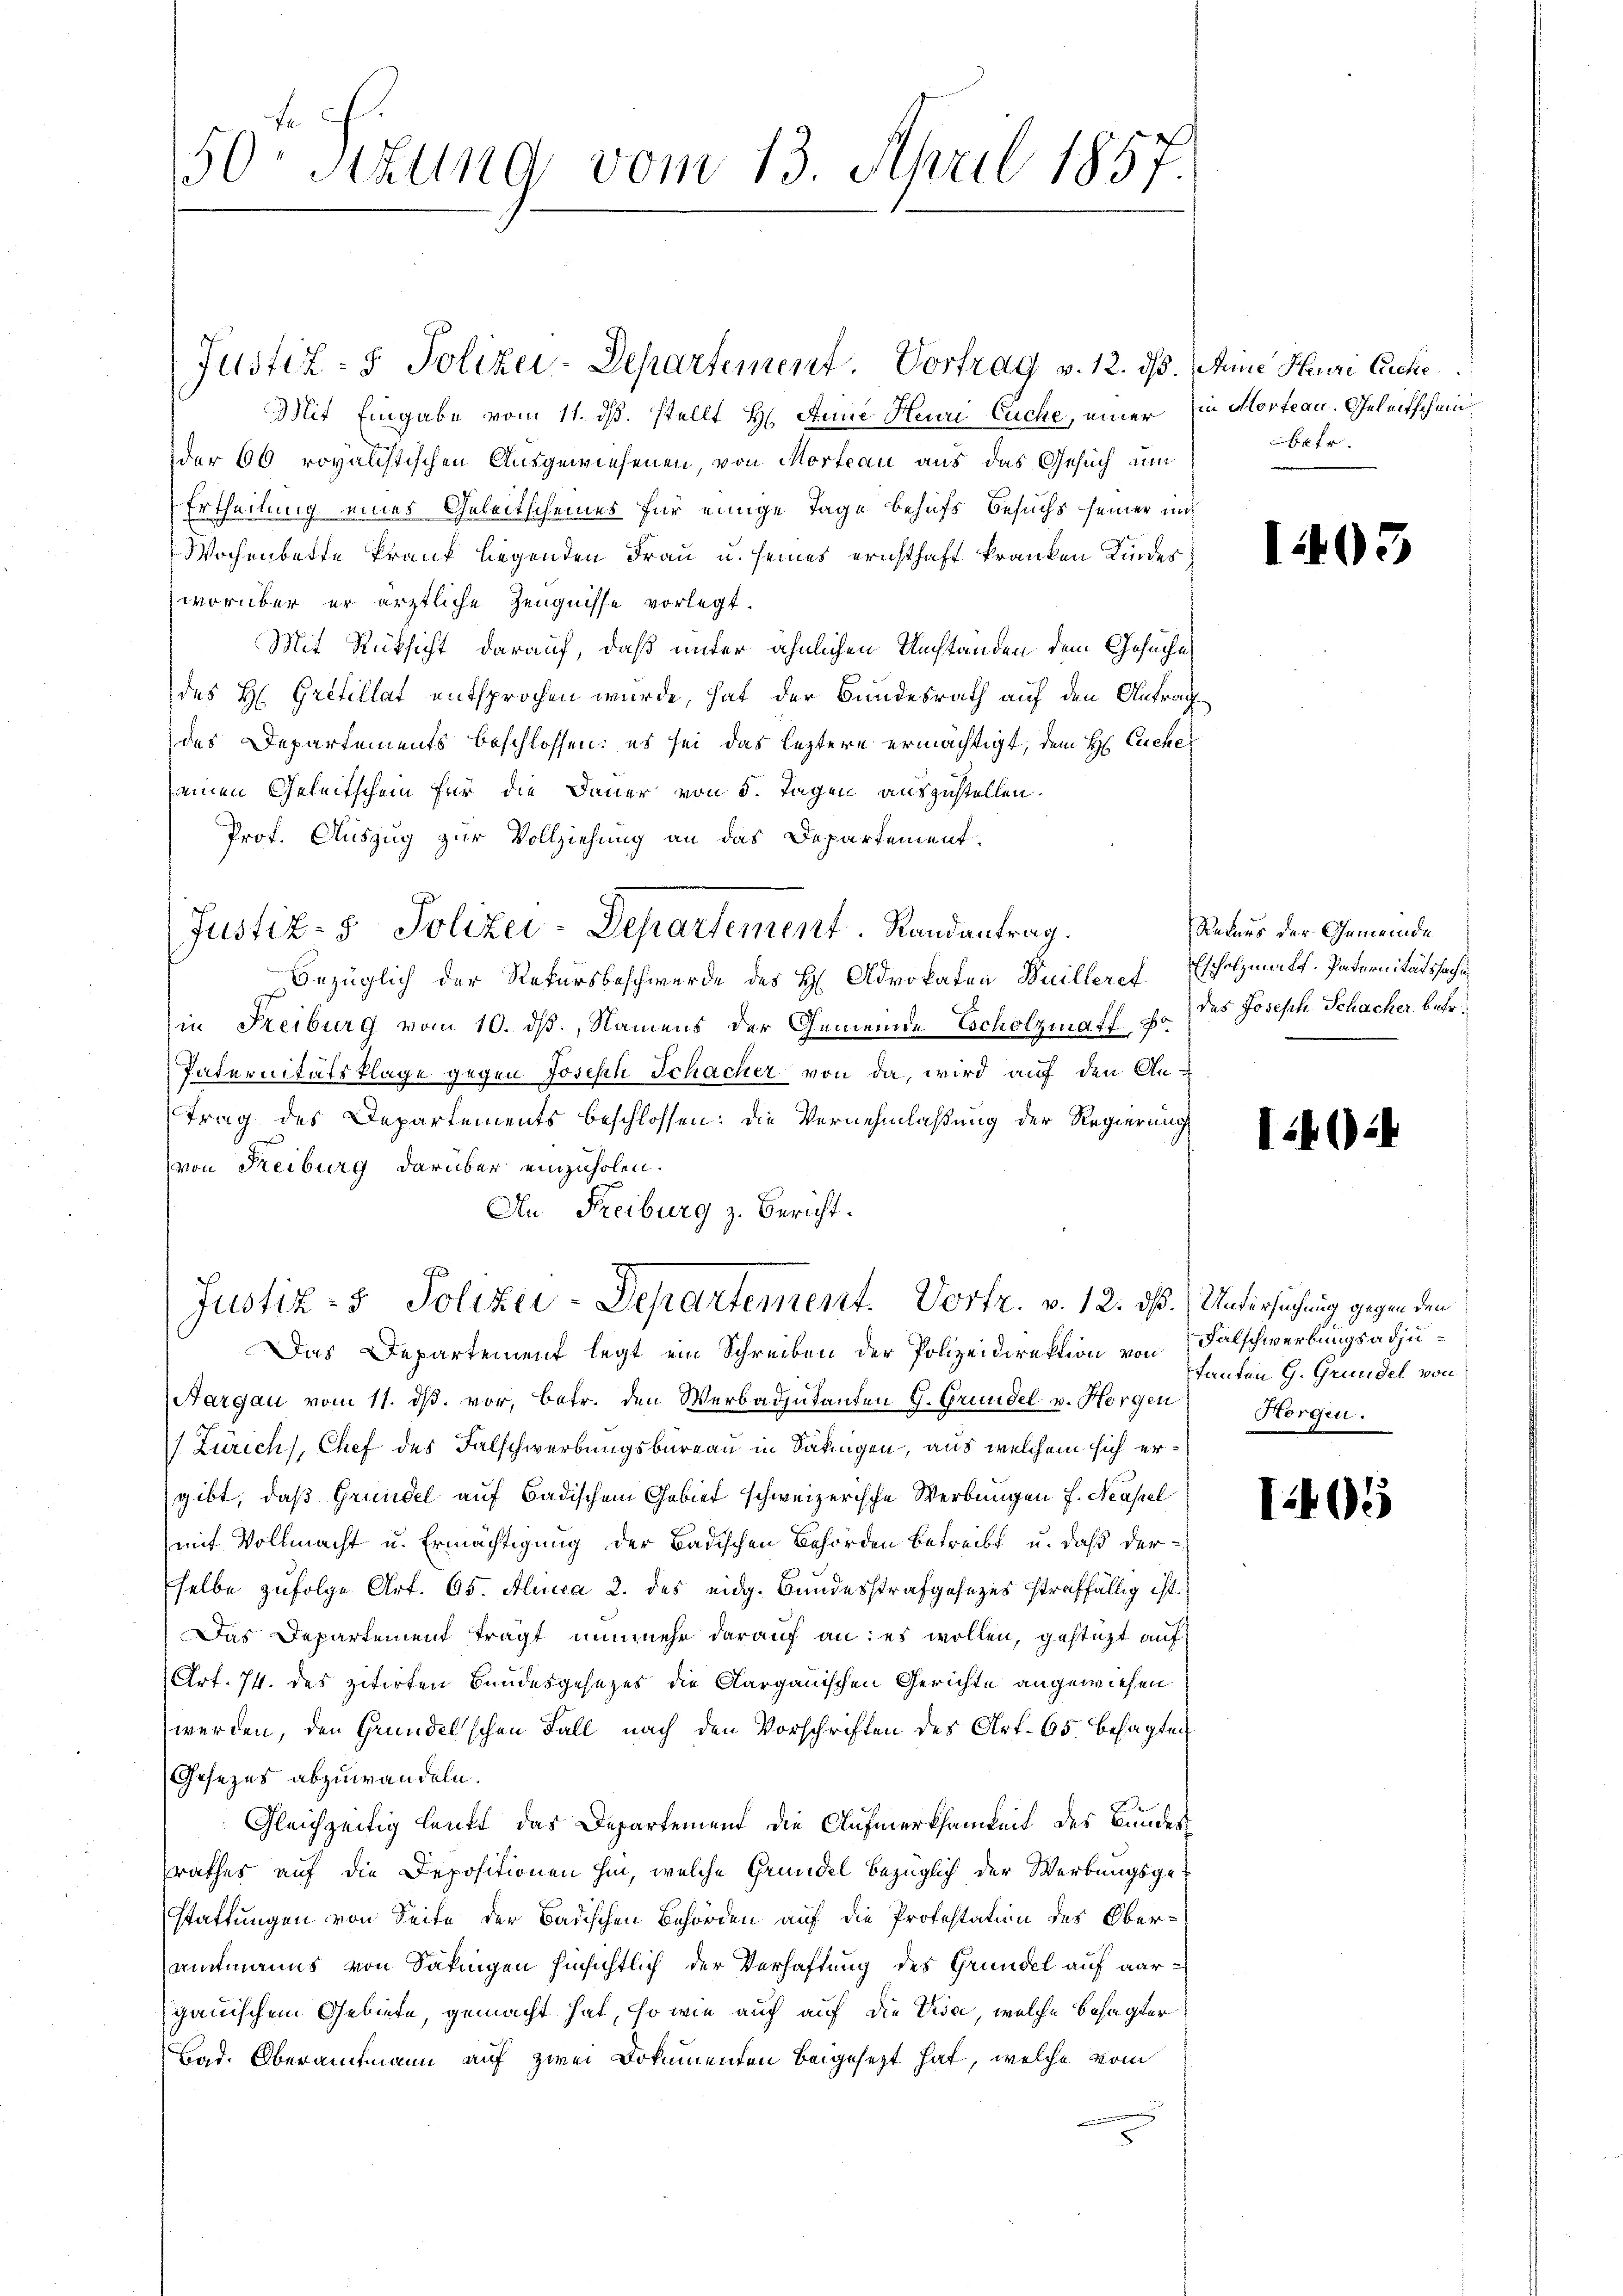
Mit Eingabe vom 11. ds. stellt H: Anne Heuri Euche, einer in Morte au. Geleitschein
der 60 royalistischen Ausgewiesenen, von Morteau aus das Gesuch um
Ertheilung eines Geleitscheines für einige Tage behufs Besuchs seiner nich
Wochenbette krank liegenden Frau u. seines ernsthaft kranken Kindes
worüber er ärztliche Zeugnisse vorlegt.
Mit Rücksicht darauf, daß unter ähnlichen Umständen dem Gesuche
des H. Grefellat entsprochen wurde, hat der Bundesrath auf den Antrag
des Departements beschlossen: es sei das leztere ermächtigt, dem H. Eucke
(einen Geleitschein für die Dauer von 5. Tagen auszustellen.
Prof. Auszug zur Vollziehung an das Departement.
Justiz- & Polizei-Departement. Randantrag.
Bezüglich der Rekursbeschwerde des H. Advokaten Weilleret Escholzmalt. Paternitätssache
in Freiburg vom 10. ds., Namens der Gemeinde Scholzmatf, F
Paternitätsklage gegen Joseph Schacher von da, wird auf den Antrag des Departements beschlossen: die Vernehmlassung der Regierung
von Freiburg darüber einzuholen.
An Freiburg z. Bericht.
7
Justiz- & Polizei-Departement. Vortr. v. 12. dß. Untersuchung gegen den

50 Sekung vom 13. April 1857.

Justiz- & Polizei-Departement. Vortrag v. 12. ds. Meine Heuri Euche

Das Departement legt ein Schreiben der Polizeidirektion von
Aargau vom 11. ds. vor, betr. den Werbadjutanten G. Grundel v. Horgen
 Zürich, Chef des Falschwerbungsbureau in Säkingen, aus welchem sich ergibt, daß Gründel auf Badischem Gebiet schweizerische Werbungen f. Neapel
mit Vollmacht u. Ermächtigung der Badischen Behörden betreibt u. daß derselbe zufolge Art. 65. Alinea 2. des eidg. Bundesstrafgesezes straffällig ist.
Das Departement trägt nunmehr darauf an: es wollen, gestützt auf
Art. 74. des zitirten Bundesgesezes die Aargauischen Gerichte angewiesen
werden, den Gründelschen Fall nach den Vorschriften des Art. 65 besagten
Gesetzes abzuwandeln.
Gleichzeitig lauft das Departement die Aufmerksamkeit des Bundes
rathes auf die Depositionen hin, welche Gründel bezüglich der Werbungsgestattungen von Seite der Badischen Behörden auf die Protestation des Oberamtmanns von Säkingen hinsichtlich der Verhaftung des Gründel auf aargauischem Gebiete, gemacht hat, so wie auch auf die Ton, welche besagter
Bad. Oberamtmann auf zwei Dokumenten beigesezt hat, welche vom

betr.

1403

Rekurs der Gemeinde
des Joseph Schacher betr.

1402

Falschwerbungsadju¬
Tanten G. Grundel von
Horgen.

1401